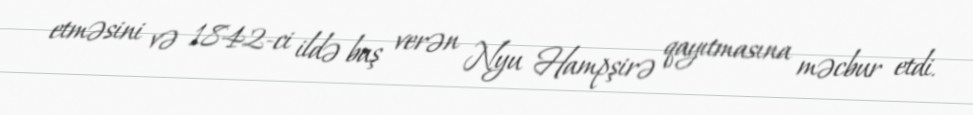
etməsini və 1842-ci ildə baş verən Nyu Hampşirə qayıtmasına məcbur etdi.